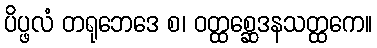
ပိပ္ဖလံ တရုဘေဒေ စ၊ ဝတ္ထစ္ဆေဒနသတ္ထကေ။